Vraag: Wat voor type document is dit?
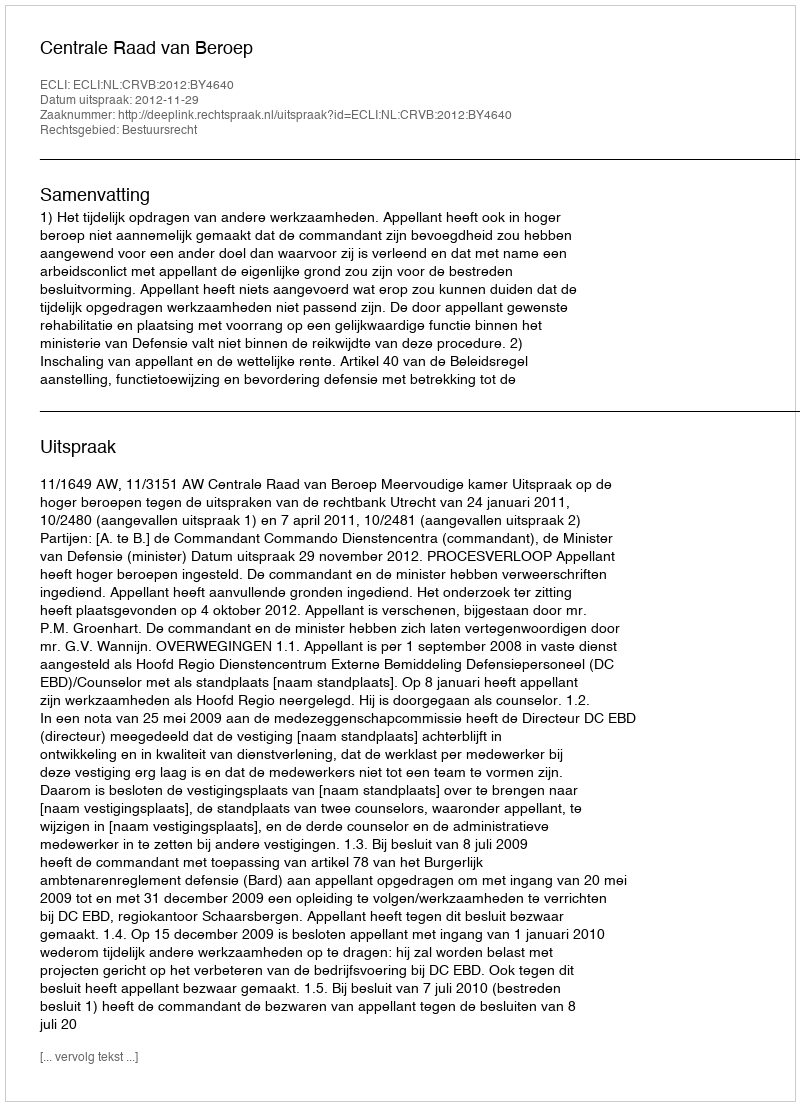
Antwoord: Uitspraak